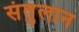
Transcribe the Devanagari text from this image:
संतुलान